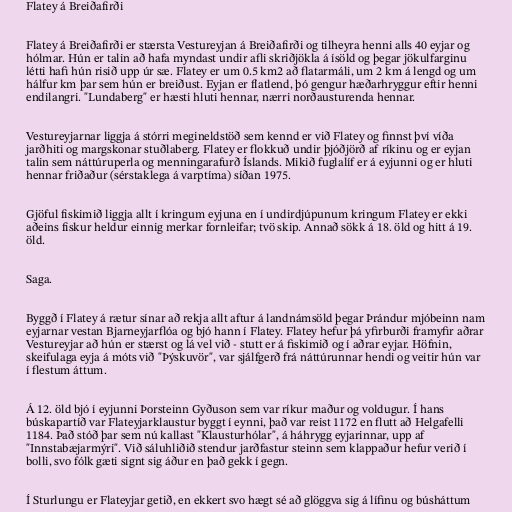
Flatey á Breiðafirði

Flatey á Breiðafirði er stærsta Vestureyjan á Breiðafirði og tilheyra henni alls 40 eyjar og
hólmar. Hún er talin að hafa myndast undir afli skriðjökla á ísöld og þegar jökulfarginu
létti hafi hún risið upp úr sæ. Flatey er um 0.5 km2 að flatarmáli, um 2 km á lengd og um
hálfur km þar sem hún er breiðust. Eyjan er flatlend, þó gengur hæðarhryggur eftir henni
endilangri. "Lundaberg" er hæsti hluti hennar, nærri norðausturenda hennar.

Vestureyjarnar liggja á stórri megineldstöð sem kennd er við Flatey og finnst því víða
jarðhiti og margskonar stuðlaberg. Flatey er flokkuð undir þjóðjörð af ríkinu og er eyjan
talin sem náttúruperla og menningarafurð Íslands. Mikið fuglalíf er á eyjunni og er hluti
hennar friðaður (sérstaklega á varptíma) síðan 1975.

Gjöful fiskimið liggja allt í kringum eyjuna en í undirdjúpunum kringum Flatey er ekki
aðeins fiskur heldur einnig merkar fornleifar; tvö skip. Annað sökk á 18. öld og hitt á 19.
öld.

Saga.

Byggð í Flatey á rætur sínar að rekja allt aftur á landnámsöld þegar Þrándur mjóbeinn nam
eyjarnar vestan Bjarneyjarflóa og bjó hann í Flatey. Flatey hefur þá yfirburði framyfir aðrar
Vestureyjar að hún er stærst og lá vel við - stutt er á fiskimið og í aðrar eyjar. Höfnin,
skeifulaga eyja á móts við "Þýskuvör", var sjálfgerð frá náttúrunnar hendi og veitir hún var
í flestum áttum.

Á 12. öld bjó í eyjunni Þorsteinn Gyðuson sem var ríkur maður og voldugur. Í hans
búskapartíð var Flateyjarklaustur byggt í eynni, það var reist 1172 en flutt að Helgafelli
1184. Það stóð þar sem nú kallast "Klausturhólar", á háhrygg eyjarinnar, upp af
"Innstabæjarmýri". Við sáluhliðið stendur jarðfastur steinn sem klappaður hefur verið í
bolli, svo fólk gæti signt sig áður en það gekk í gegn.

Í Sturlungu er Flateyjar getið, en ekkert svo hægt sé að glöggva sig á lífinu og búsháttum